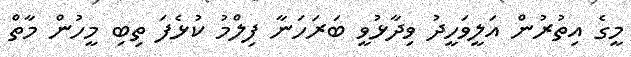
މީގެ އިތުރުން އަލީވަހީދު ވިދާޅުވީ ބަރަހަނާ ފިލްމު ކުޅެފަ ތިބި މީހުން މާތް